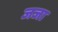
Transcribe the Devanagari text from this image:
जजा